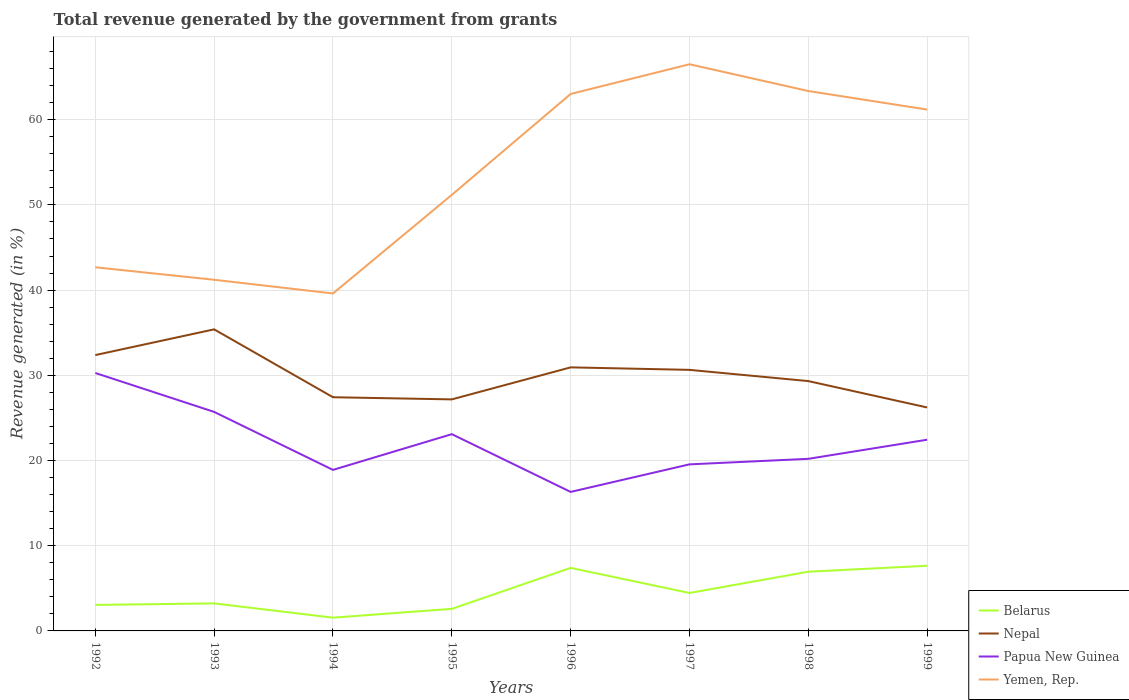
| Years | Belarus | Nepal | Papua New Guinea | Yemen, Rep. |
 | --- | --- | --- | --- | --- |
 | 1992 | 3.05 | 32.4 | 30.3 | 42.7 |
 | 1993 | 3.23 | 35.4 | 25.7 | 41.2 |
 | 1994 | 1.56 | 27.4 | 18.9 | 39.6 |
 | 1995 | 2.59 | 27.2 | 23.1 | 51.2 |
 | 1996 | 7.4 | 30.9 | 16.3 | 63 |
 | 1997 | 4.45 | 30.6 | 19.5 | 66.5 |
 | 1998 | 6.95 | 29.3 | 20.2 | 63.4 |
 | 1999 | 7.65 | 26.2 | 22.4 | 61.2 |